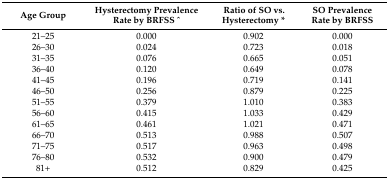
<table><thead><tr><td><b>Age Group</b></td><td><b>Hysterectomy Prevalence Rate by BRFSS ^</b></td><td><b>Ratio of SO vs. Hysterectomy *</b></td><td><b>SO Prevalence Rate by BRFSS</b></td></tr></thead><tbody><tr><td>21–25</td><td>0.000</td><td>0.902</td><td>0.000</td></tr><tr><td>26–30</td><td>0.024</td><td>0.723</td><td>0.018</td></tr><tr><td>31–35</td><td>0.076</td><td>0.665</td><td>0.051</td></tr><tr><td>36–40</td><td>0.120</td><td>0.649</td><td>0.078</td></tr><tr><td>41–45</td><td>0.196</td><td>0.719</td><td>0.141</td></tr><tr><td>46–50</td><td>0.256</td><td>0.879</td><td>0.225</td></tr><tr><td>51–55</td><td>0.379</td><td>1.010</td><td>0.383</td></tr><tr><td>56–60</td><td>0.415</td><td>1.033</td><td>0.429</td></tr><tr><td>61–65</td><td>0.461</td><td>1.021</td><td>0.471</td></tr><tr><td>66–70</td><td>0.513</td><td>0.988</td><td>0.507</td></tr><tr><td>71–75</td><td>0.517</td><td>0.963</td><td>0.498</td></tr><tr><td>76–80</td><td>0.532</td><td>0.900</td><td>0.479</td></tr><tr><td>81+</td><td>0.512</td><td>0.829</td><td>0.425</td></tr></tbody></table>